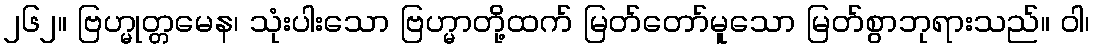
၂၆၂။ ဗြဟ္မုတ္တမေန၊ သုံးပါးသော ဗြဟ္မာတို့ထက် မြတ်တော်မူသော မြတ်စွာဘုရားသည်။ ဝါ၊